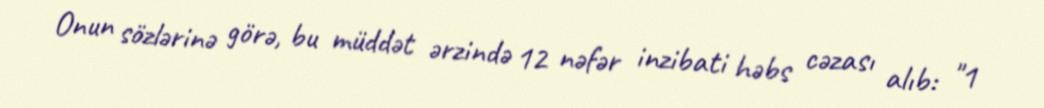
Onun sözlərinə görə, bu müddət ərzində 12 nəfər inzibati həbs cəzası alıb: "1